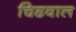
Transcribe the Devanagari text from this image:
चिडवाल